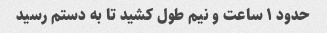
حدود ۱ ساعت و نیم طول کشید تا به دستم رسید